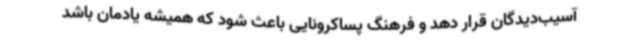
آسیب‌دیدگان قرار دهد و فرهنگ پساکرونایی باعث شود که همیشه یادمان باشد